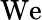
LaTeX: \textrm{We}